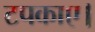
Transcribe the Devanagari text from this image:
टपकाए।